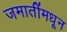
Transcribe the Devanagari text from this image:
जमातींमधून